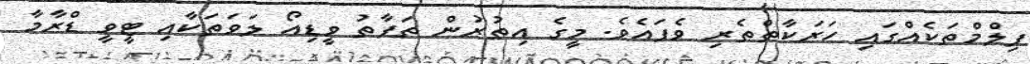
ފިލްމްތަކެއްގައި ހަރަކާތްތެރި ވެފައެވެ. މީގެ އިތުރުން ތަފާތު ވީޑިއޯ ލަވަތަކާއި ޓީވީ ޑްރާމާ